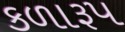
કળારૂપ